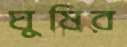
ঘুষির